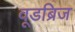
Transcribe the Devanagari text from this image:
वूडब्रिज